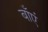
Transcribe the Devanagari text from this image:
बाँएं